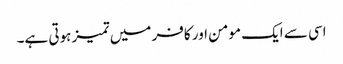
اسی سے ایک مومن اور کافر میں تمیز ہوتی ہے۔